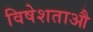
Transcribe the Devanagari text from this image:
विषेशताऔ